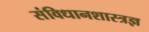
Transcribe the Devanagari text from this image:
संविधानशास्त्रज्ञ